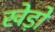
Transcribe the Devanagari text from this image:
खेड़ो